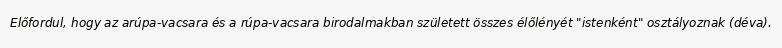
Előfordul, hogy az arúpa-vacsara és a rúpa-vacsara birodalmakban született összes élőlényét "istenként" osztályoznak (déva).